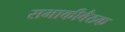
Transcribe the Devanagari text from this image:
सभाकीबैठक